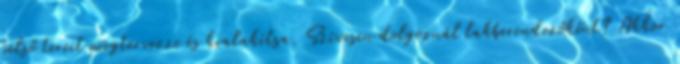
belső tereit megtervezze és kialakítsa. Szívesen dolgoznál lakberendezőként? Akkor